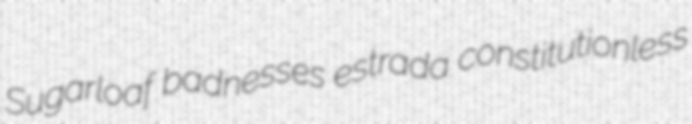
Sugarloaf badnesses estrada constitutionless